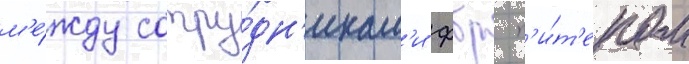
м'е́жду сотру́дн'икам'и фбр п'и́т'ером